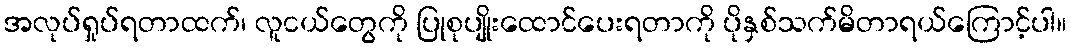
အလုပ်ရှုပ်ရတာထက်၊ လူငယ်တွေကို ပြုစုပျိုးထောင်ပေးရတာကို ပိုနှစ်သက်မိတာရယ်ကြောင့်ပါ။